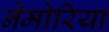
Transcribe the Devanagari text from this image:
नेमोरिया